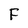
Character: F